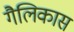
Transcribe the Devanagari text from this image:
गैलिकास